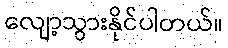
လျော့သွားနိုင်ပါတယ်။